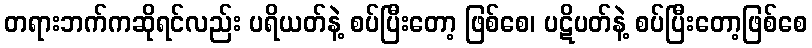
တရားဘက်ကဆိုရင်လည်း ပရိယတ်နဲ့ စပ်ပြီးတော့ ဖြစ်စေ၊ ပဋိပတ်နဲ့ စပ်ပြီးတော့ဖြစ်စေ